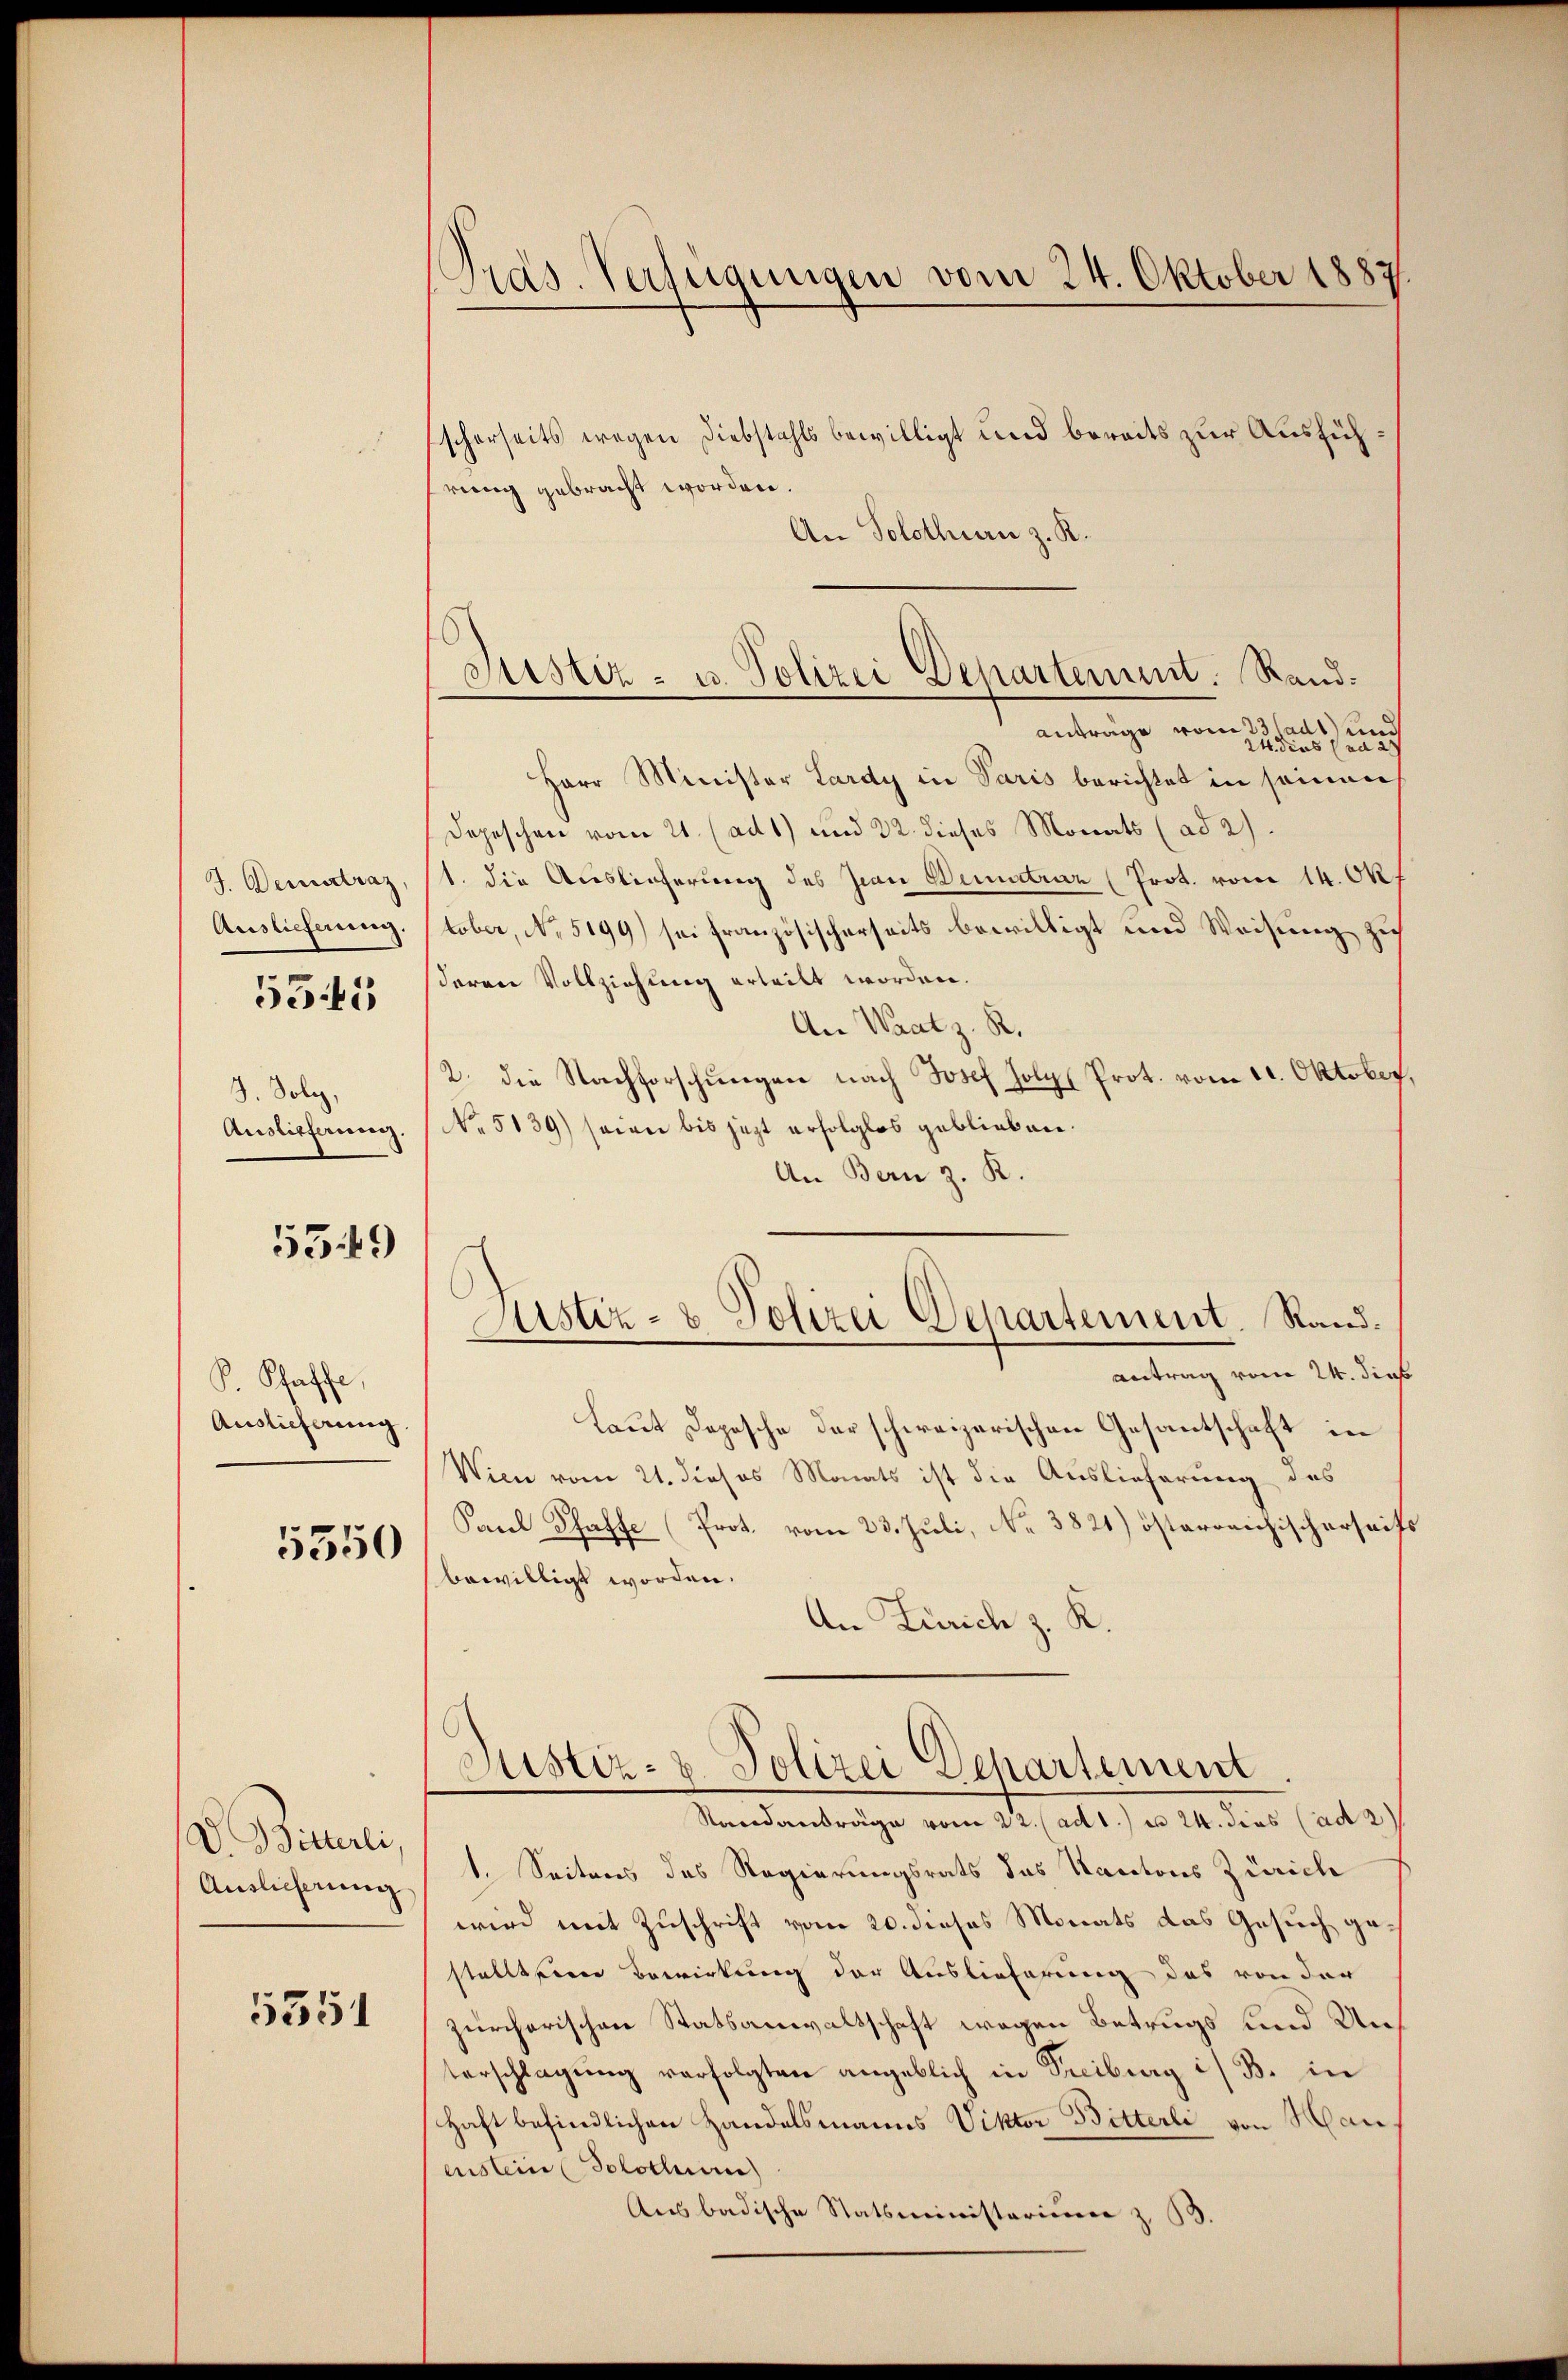
J. Deratraz,
Auslieferung,

535

3. Solez,
Auslieferung.

53.49

P. Pfaffe,
Auslieferung

5350

D Bitterli,
Auslieferung

5351

Pras. Verfügungen vom 24. Oktober 1887.

scherseits wegen Diebstahls bewilligt und bereits zur Ausführung gebracht worden.
An Solothurn z. R.
antrage von den und
Herr Minister Lardy in Paris berichtet in seinen
Depeschen vom 21. (ad 1) und 22. dieses Monats (ad 2)
1. die Auslieferung des Zian Bundtrar (Prot. vom 14. Ok
tober, No. 5199) sei französischerseits bewilligt und Weisung zu
deren Vollziehung erteilt worden.
An Waatz. R.
2. die Nachforschungen nach Josef Folge Prot. vom 21. Oktober.
No. 5139) seiner bis jezt erfolglos geblieben.
An Bern z. R.
Antrag vom 24. dies
Laut Depesche der schweizerischen Gesantschaft in
Wien vom 21. dieses Monats ist die Auslieferung des
Paul Schaffe (Prot. vom 23. Juli, No 3821) österreichischerseit
bewilligt worden.
An Zürich z. K.
Justiz- & Polizei Departement.
Standanträge vom 22. (ad 1. u 24. dies (ad 2
1. Seitens des Regierungsrats das Kantons Zürich
wird mit Zuschrift vom 20. dieses Monats das Gesuch gestelltenen Bewirkung der Auslieferung des von der
zürcherischen Statsanwaltschaft wegen Betrugs und Unterschlagung verfolgten angeblich in Freiburg i/ B. in
Haft befindlichen Handelsmanns Viktor Bitterli von Han
euslein Solothurn
Ausbadische Statsministerium z. B.

Justiz- u. Polizei Departement: Stand¬

Justiz- & Polizei Departement. Rand¬